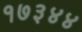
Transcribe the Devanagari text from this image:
१७३४४